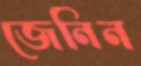
জেনিন